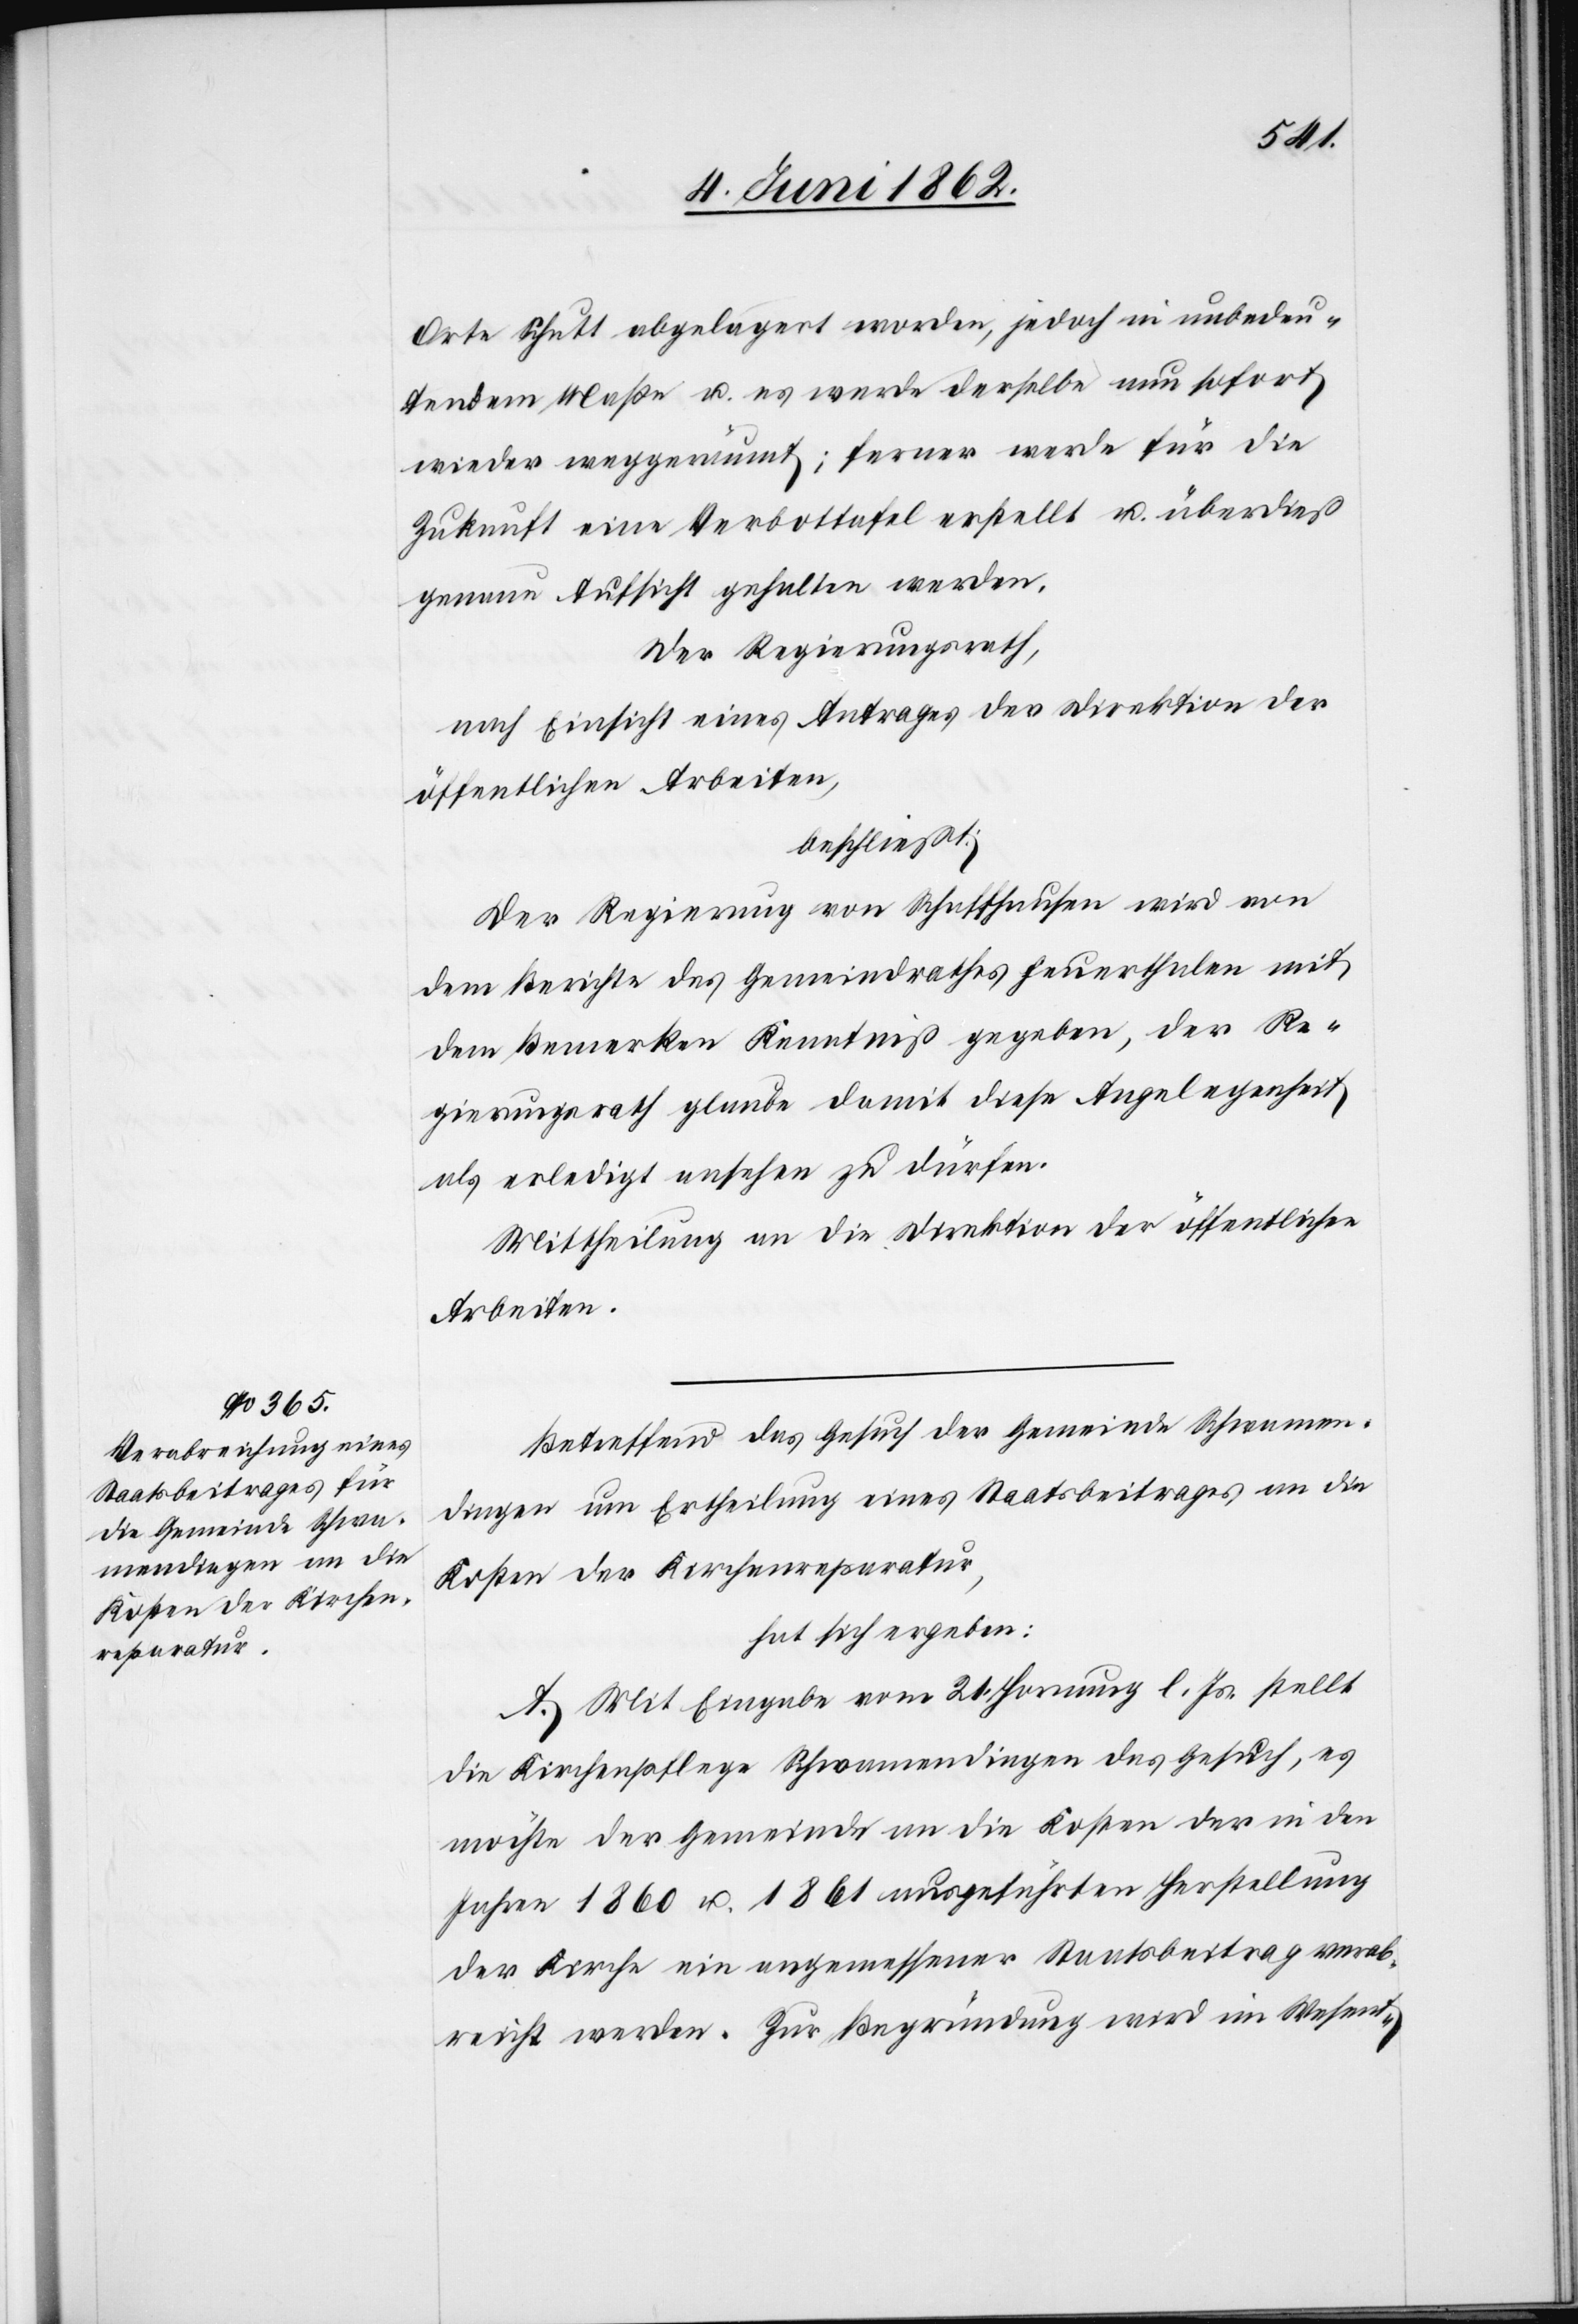
Orte Schutt abgelagert worden, jedoch in unbedeu¬
tendem Maße, u. es werde derselbe nun sofort
wieder weggeräumt; ferner werde für die
Zukunft eine Verbottafel erstellt u. überdieß
genau Aufsicht gehalten werden.
Der Regierungsrath,
nach Einsicht eines Antrages der Direktion der
öffentlichen Arbeiten,
beschließt:
Der Regierung von Schaffhausen wird von
dem Berichte des Gemeindrathes Feuerthalen mit
dem Bemerken Kenntniß gegeben, der Re¬
gierungsrath glaube damit diese Angelegenheit
als erledigt ansehen zu dürfen.
Mittheilung an die Direktion der öffentlichen
Arbeiten.
Betreffend das Gesuch der Gemeinde Schwamen¬
dingen um Ertheilung eines Staatsbeitrages an die
Kosten der Kirchenreparatur,
hat sich ergeben:
A. Mit Eingabe vom 21. Hornung l. Js. stellt
die Kirchenpflege Schwamendingen das Gesuch, es
möchte der Gemeinde an die Kosten der in den
Jahren 1860 u. 1861 ausgeführten Herstellung
der Kirche ein angemessener Staatsbeitrag verab¬
reicht werden. Zur Begründung wird im Wesent-